Civil Veterinary Department. Madras. Admin. report 1926-33 - 1926-1933
Year: 1926
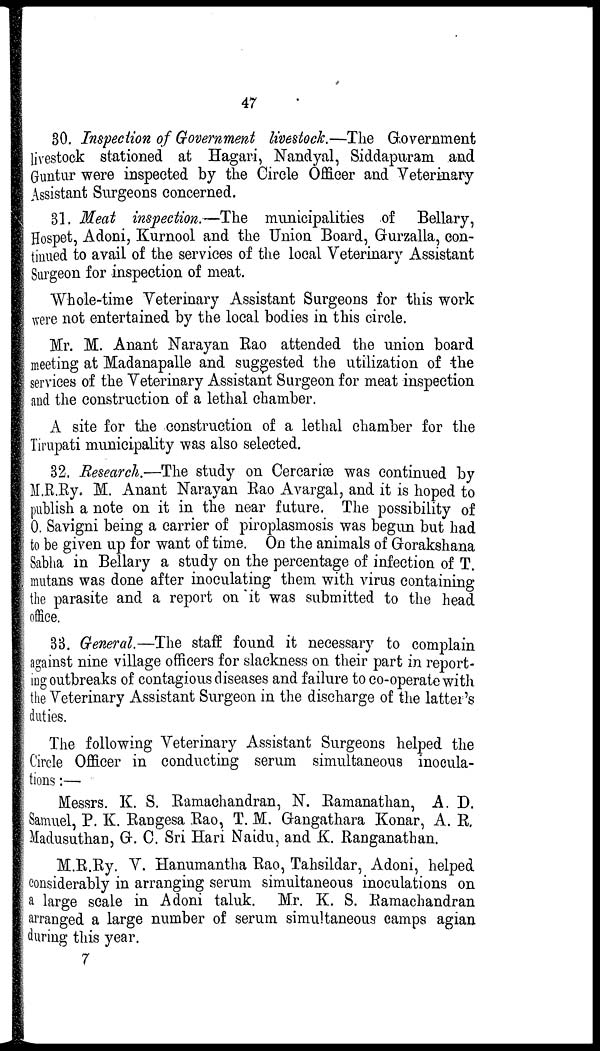
47
30. Inspection of Government livestock.—The Government
livestock stationed at Hagari, Nandyal, Siddapuram and
Guntur were inspected by the Circle Officer and Veterinary
Assistant Surgeons concerned.
31. Meat inspection.—The municipalities of Bellary,
Hospet, Adoni, Kurnool and the Union Board, Gurzalla, con-
tinued to avail of the services of the local Veterinary Assistant
Surgeon for inspection of meat.
Whole-time Veterinary Assistant Surgeons for this work
were not entertained by the local bodies in this circle.
Mr. M. Anant Karayan Rao attended the union board
meeting at Madanapalle and suggested the utilization of the
services of the Veterinary Assistant Surgeon for meat inspection
and the construction of a lethal chamber.
A site for the construction of a lethal chamber for the
Tirupati municipality was also selected.
32. Research.—The study on Cercaria3 was continued by
M.R.Ry. M. Anant Narayan Rao Avargal, and it is hoped to
publish a note on it in the near future. The possibility of
0. Savigni being a carrier of piroplasmosis was begun but had
to be given up for want of time. On the animals of Gorakshana
Sabha in Bellary a study on the percentage of infection of T.
mutans was done after inoculating them with virus containing
the parasite and a report on it was submitted to the head
office.
33. General.—The staff found it necessary to complain
against nine village officers for slackness on their part in report-
ing outbreaks of contagious diseases and failure to co-operate with
the Veterinary Assistant Surgeon in the discharge of the latter's
duties.
The following Veterinary Assistant Surgeons helped the
Circle Officer in conducting serum simultaneous inocula-
tions :—
Messrs. K. S. Ramachandran, N. Ramanathan, A. D.
Samuel, P. K. Rangesa Rao, T. M. Gangathara Konar, A. R.
Madusuthan, G. C. Sri Hari Naidu, and K. Ranganathan.
M.R.Ry. V. Hanumantha Rao, Tahsildar, Adoni, helped
considerably in arranging serum simultaneous inoculations on
a large scale in Adoni taluk. Mr. K. S. Ramachandran
arranged a large number of serum simultaneous camps agian
during this year.
7